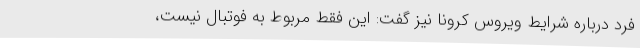
فرد درباره شرایط ویروس کرونا نیز گفت: این فقط مربوط به فوتبال نیست،